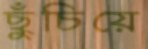
ছুঁচিয়ে